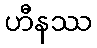
ဟီနဿ